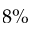
8 \%